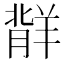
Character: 𬙷